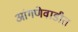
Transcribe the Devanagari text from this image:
आंगणेवाडीत